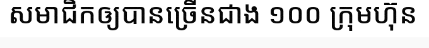
សមាជិកឲ្យបានច្រើនជាង ១០០ ក្រុមហ៊ុន